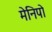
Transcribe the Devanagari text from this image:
मेनिपो